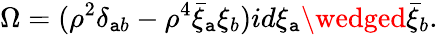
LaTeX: \Omega=({\rho}^{2}\delta_{\mathtt{a}b}-{\rho}^{4}\bar{{\xi}}_{\mathtt{a}}\xi_{b})id\xi_{\mathtt{a}}\wedged\bar{{\xi}}_{b}.